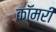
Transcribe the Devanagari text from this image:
कॉमरी